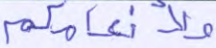
ولأنعامكم